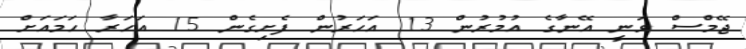
ޖޭމްސް ވަނީ އޭނާގެ އުމުރުން 13 އަހަރުން ފެށިގެން 15 އަހަރާ ހަމައަށް